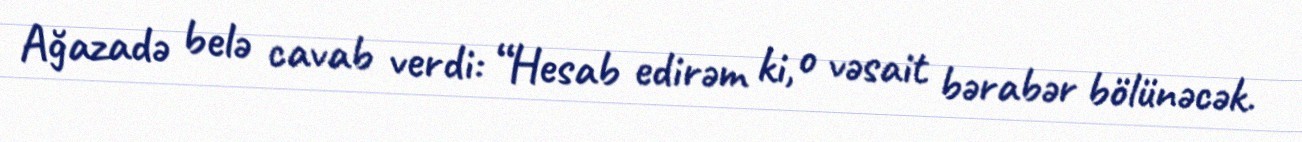
Ağazadə belə cavab verdi: “Hesab edirəm ki, o vəsait bərabər bölünəcək.